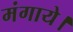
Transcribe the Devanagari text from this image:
मंगाये।